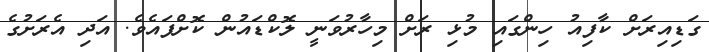
ގަޑިއިރަށް ކާފިއު ހިންގައި މުޅި ރަށް މިހާރުވަނީ ލޮކްޑައުން ކޮށްފައެވެ. އަދި އެރަށުގެ